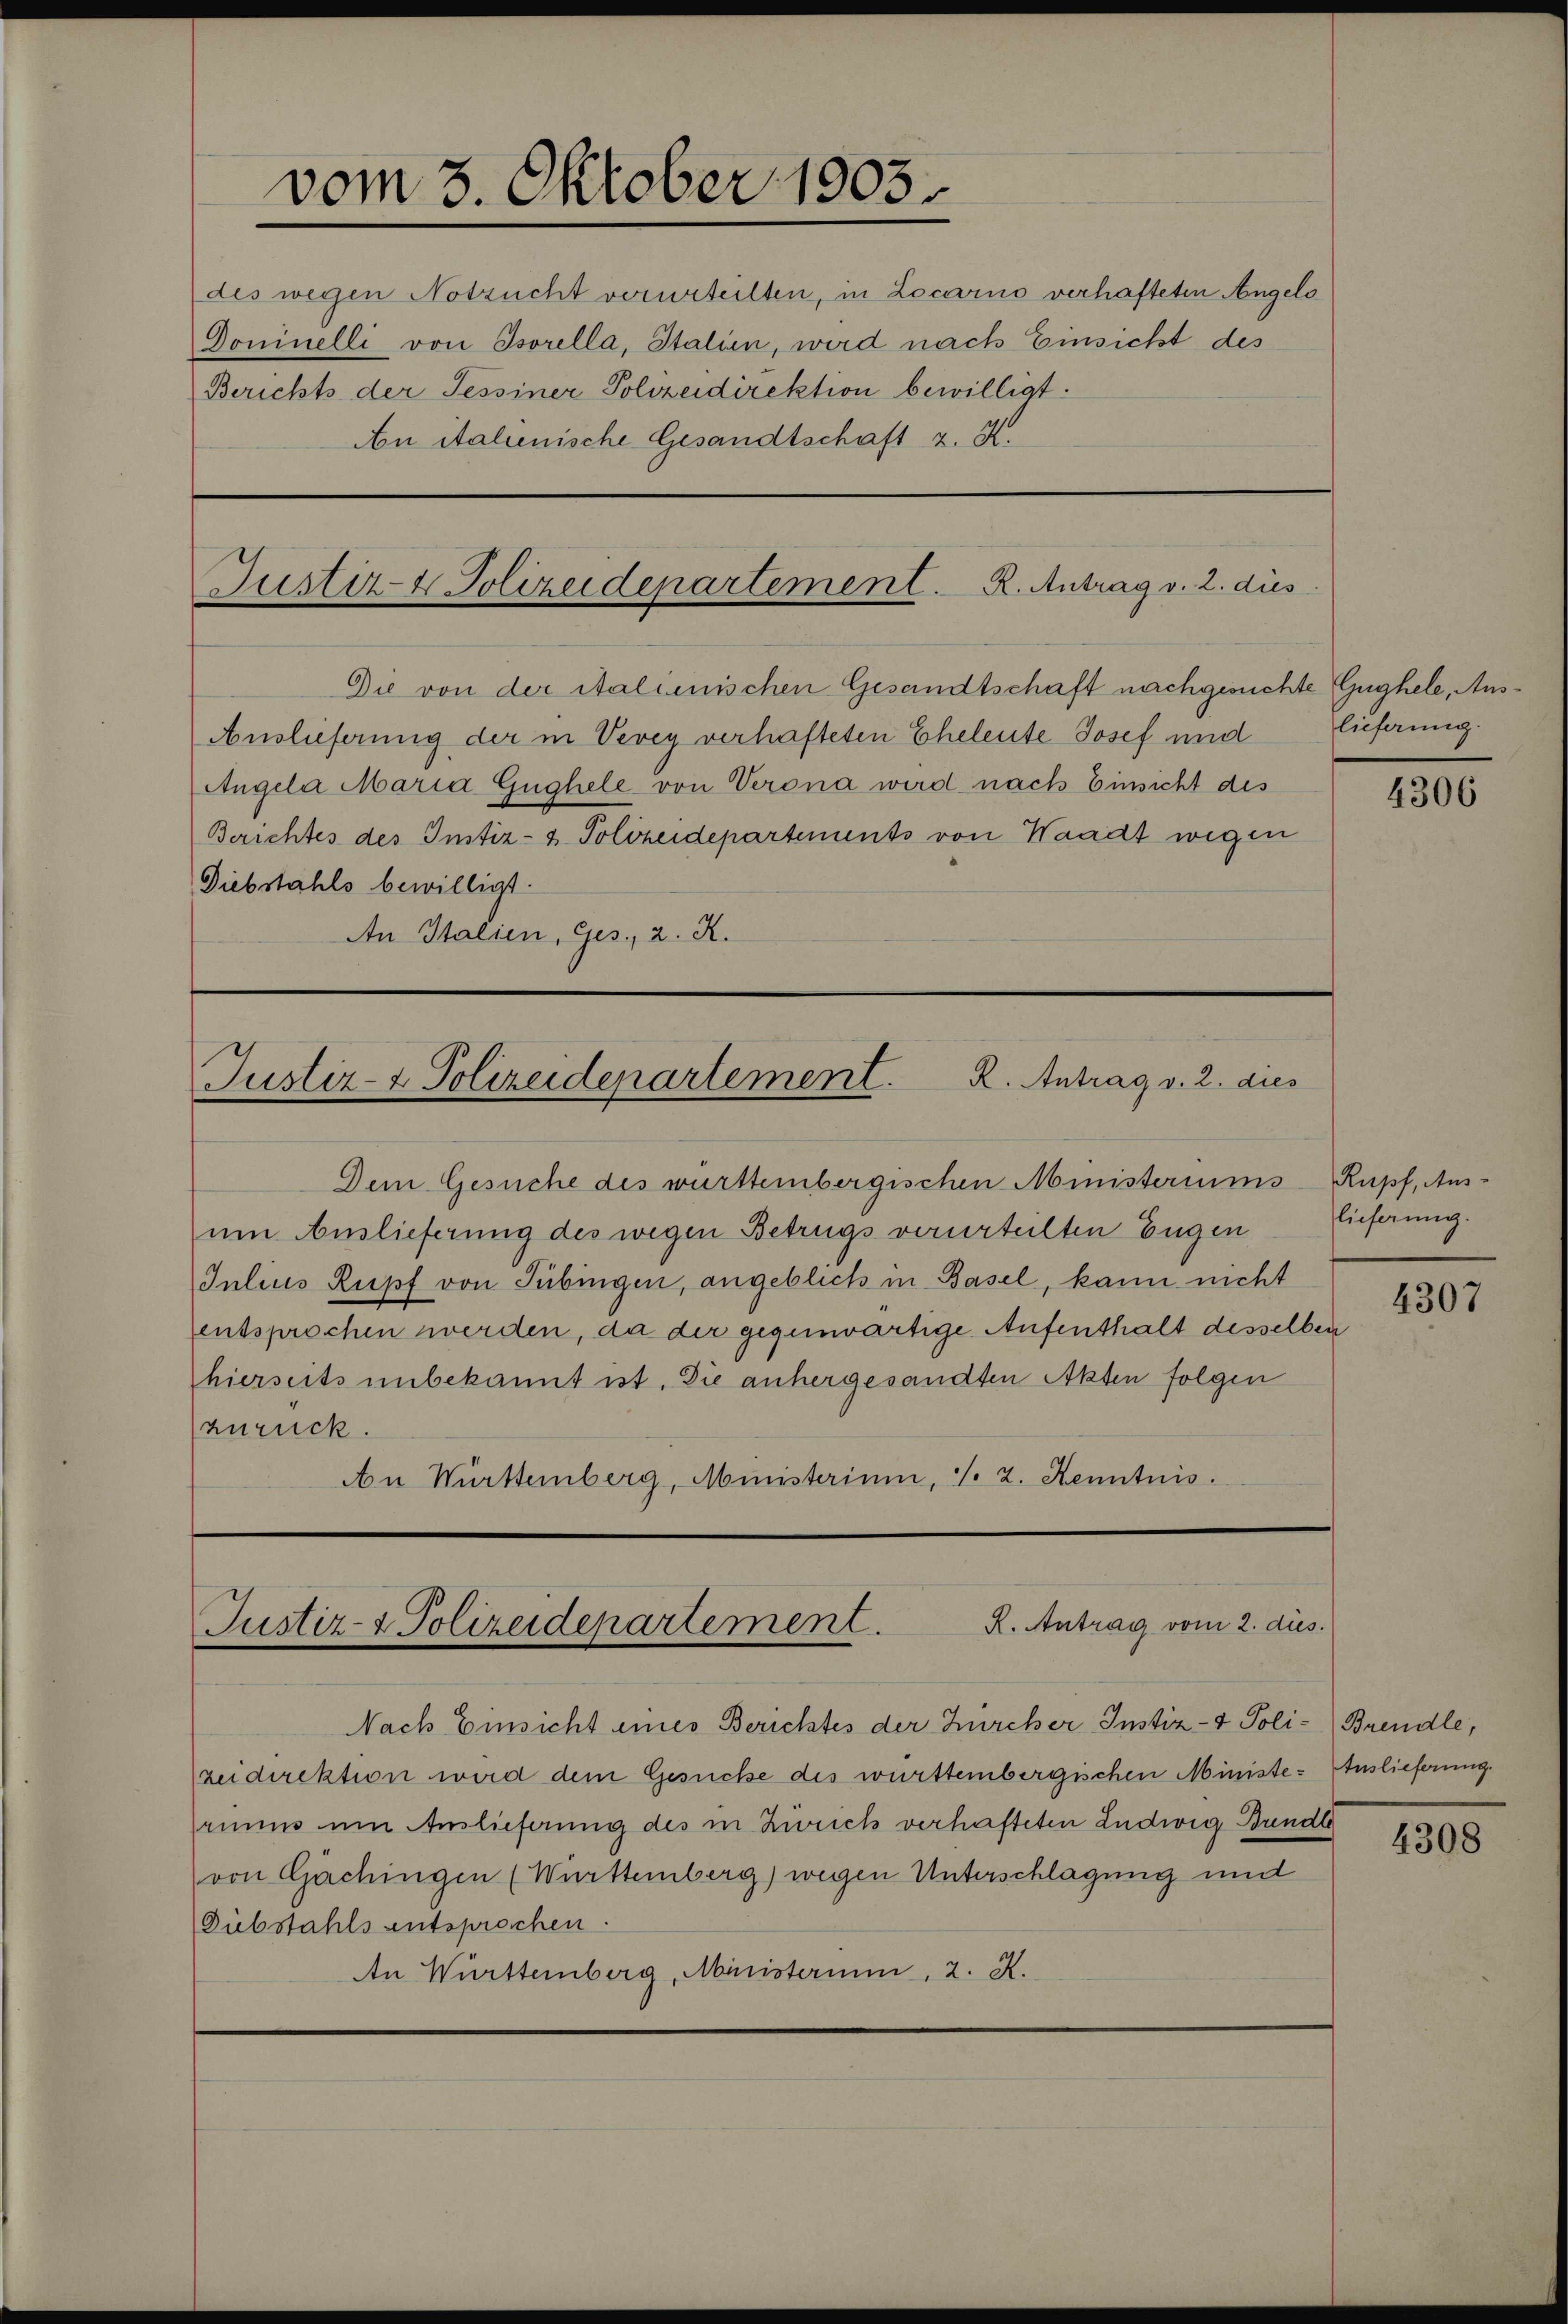
vom 3. Oktober 1903.

des wegen Notzucht verurteilten, in Locarno verhafteten Angelo
Dominelli von Isorella, Italien, wird nach Einsicht des
Berichts der Tessiner Polizeidirektion bewilligt.
An italienische Gesandtschaft z. K.

Die von der italienischen Gesandtschaft nachgesuchte Gughele, Aus¬
Auslieferung der in Vevey verhafteten Eheleute Josef und
Angela Maria Güghele von Verona wird nach Einsicht des
Berichtes des Instiz- & Polizeidepartements von Waadt wegen
Diebstahls bewilligt.
An Italien, Ges., 2. X.

Dem Gesuche des württembergischen Ministeriums Rupf, Aus-
um Auslieferung des wegen Betrugs verurteilten Eugen
Julius Rupf von Tübingen, angeblich in Basel, kann nicht
entsprochen werden, da der gegenwärtige Aufenthalt desselben
hierseits unbekannt ist. Die anhergesandten Akten folgen
zurück.
An Württemberg, Ministerium, d. 2. Kenntnis.

Justiz- & Polizeidepartement. R. Antrag v. 2. dies

Justiz- & Polizeidepartement. R. Antrag v. 2. dies

R. Antrag vom 2. dies
Justiz- & Polizeidepartement.

lieferung.

Nach Einsicht eines Berichtes der Zürcher Instiz- & Poli- Brendle,
zeidirektion wird dem Gesuche des württembergischen Ministe- Auslieferung.
ruums um Auslieferung des in Zürich verhafteten Ludwig Bunde
von Gächingen (Württemberg) wegen Unterschlagung und
Diebstahls entsprochen.
An Württemberg, Ministerium, 2. X.

lieferung.

4306

4307

4308